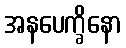
အနပေက္ခိနော